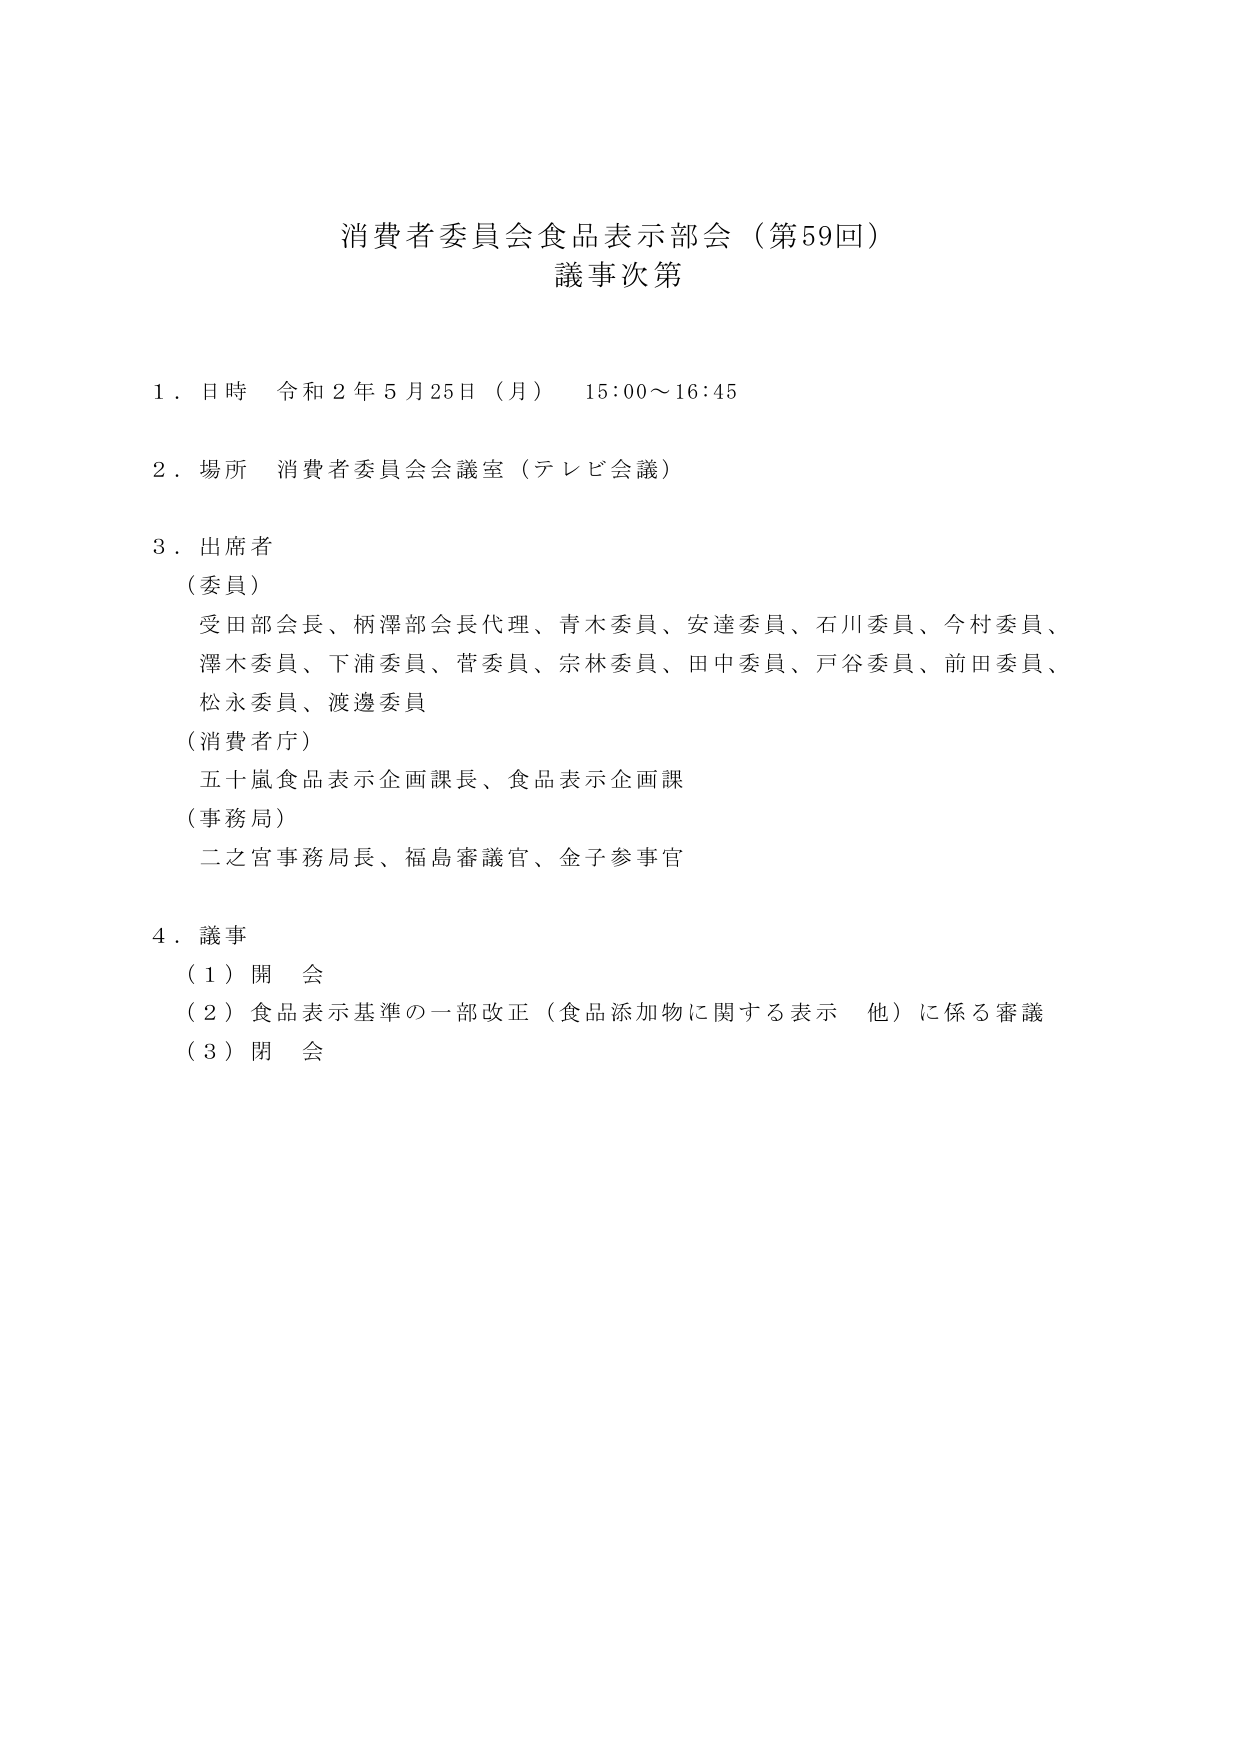
消費者委員会食品表示部会（第59回）
議事次第

１．日時　令和２年５月25日（月）　15:00～16:45

２．場所　消費者委員会会議室（テレビ会議）

３．出席者
（委員）
　受田部会長、柄澤部会長代理、青木委員、安達委員、石川委員、今村委員、
　澤木委員、下浦委員、菅委員、宗林委員、田中委員、戸谷委員、前田委員、
　松永委員、渡邊委員
（消費者庁）
　五十嵐食品表示企画課長、食品表示企画課
（事務局）
　二之宮事務局長、福島審議官、金子参事官

４．議事
（１）開会
（２）食品表示基準の一部改正（食品添加物に関する表示　他）に係る審議
（３）閉会